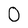
Character: 0